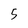
Character: 5